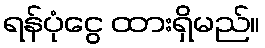
ရန်ပုံငွေ ထားရှိမည်။